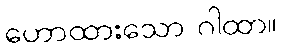
ဟောထားသော ဂါထာ။